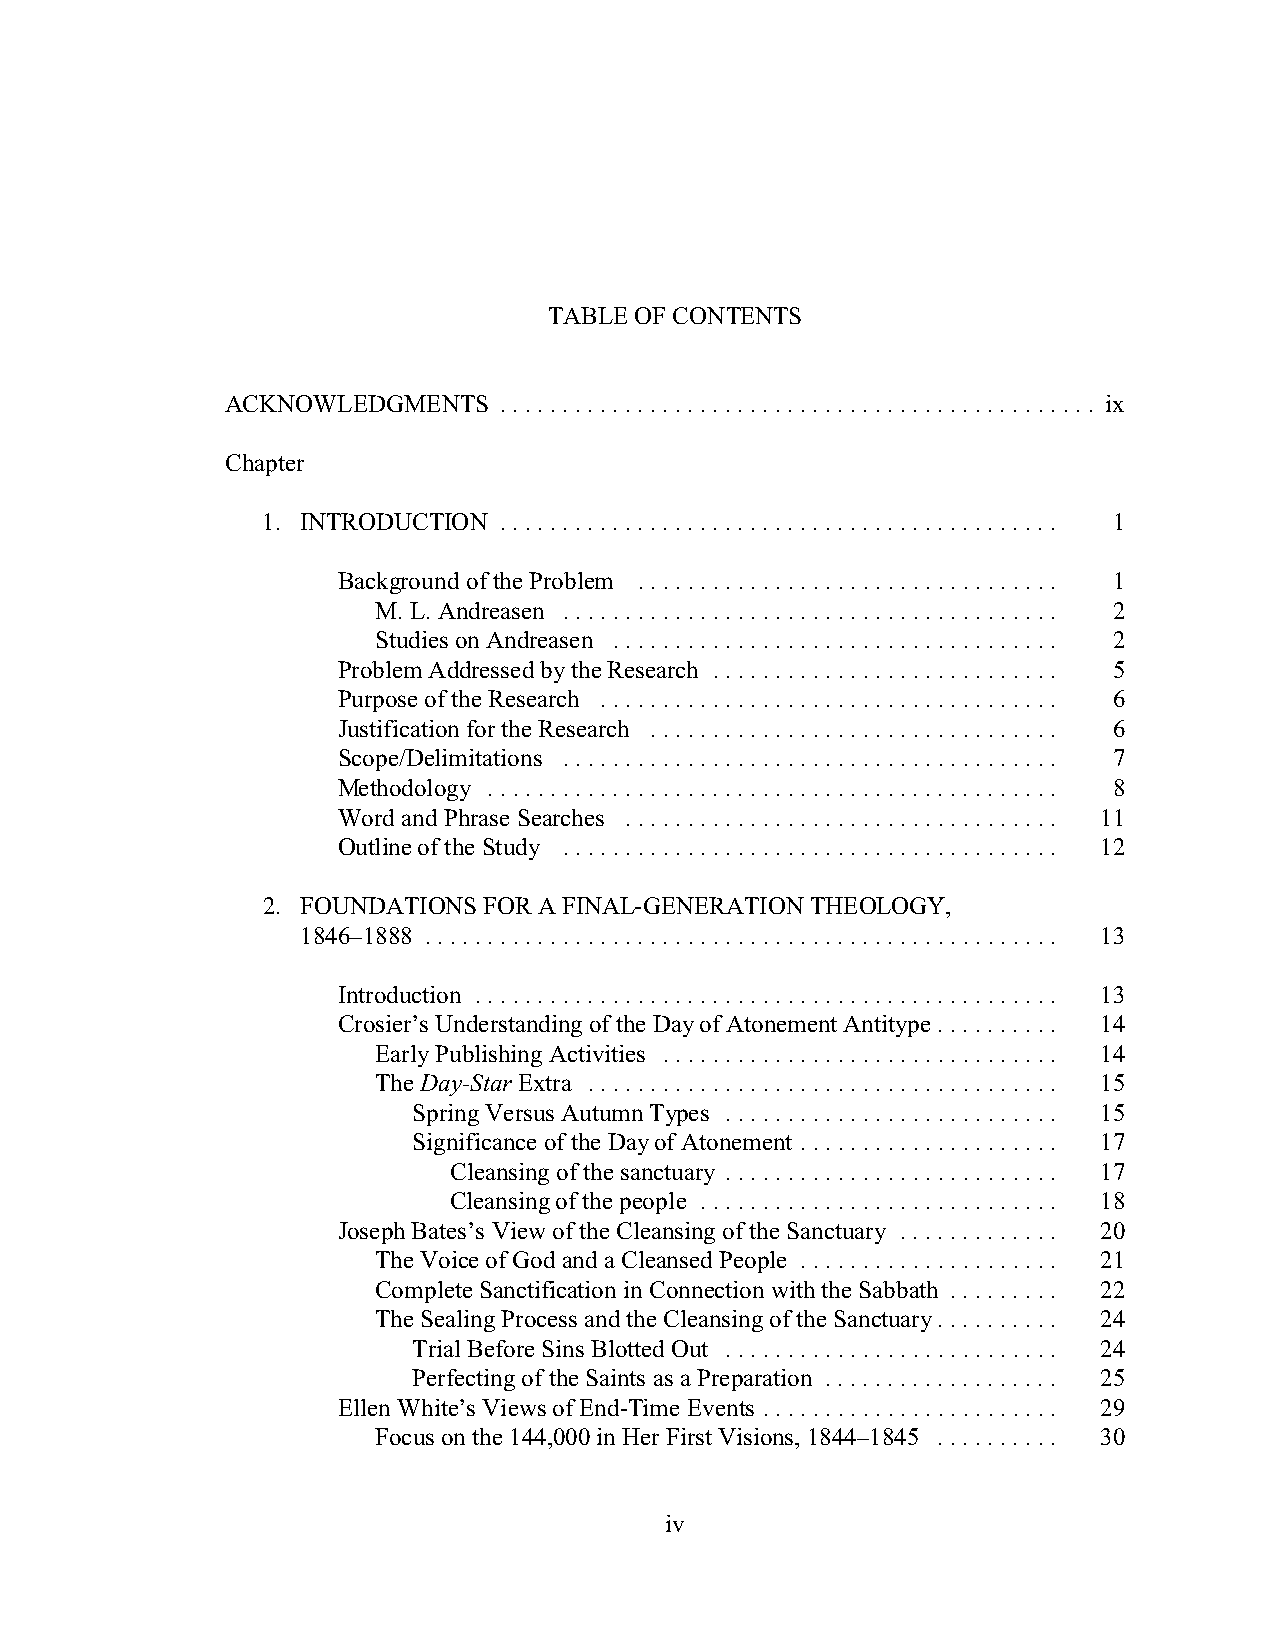
TABLE OF CONTENTS
 ACKNOWLEDGMENTS   ................................................ ix
 Chapter
 1. INTRODUCTION ............................................. 1
 Background of the Problem .................................. 1
 M. L. Andreasen ........................................ 2
 Studies on Andreasen .................................... 2
 Problem Addressed by the Research ............................ 5
 Purpose of the Research ..................................... 6
 Justification for the Research ................................. 6
 Scope/Delimitations ........................................ 7
 Methodology .............................................. 8
 Word and Phrase Searches ................................... 11
 Outline of the Study ........................................ 12
 2. FOUNDATIONS FOR A FINAL-GENERATION THEOLOGY,
 1846–1888 ................................................... 13
 Introduction ............................................... 13
 Crosier’s Understanding of the Day of Atonement Antitype .......... 14
 Early Publishing Activities ................................ 14
 The Day-Star Extra ...................................... 15
 Spring Versus Autumn Types ........................... 15
 Significance of the Day of Atonement ..................... 17
 Cleansing of the sanctuary ........................... 17
 Cleansing of the people ............................. 18
 Joseph Bates’s View of the Cleansing of the Sanctuary ............. 20
 The Voice of God and a Cleansed People ..................... 21
 Complete Sanctification in Connection with the Sabbath ......... 22
 The Sealing Process and the Cleansing of the Sanctuary.......... 24
 Trial Before Sins Blotted Out ........................... 24
 Perfecting of the Saints as a Preparation ................... 25
 Ellen White’s Views of End-Time Events ........................ 29
 Focus on the 144,000 in Her First Visions, 1844–1845 .......... 30
 iv